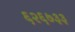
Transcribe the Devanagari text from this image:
६२६७३३